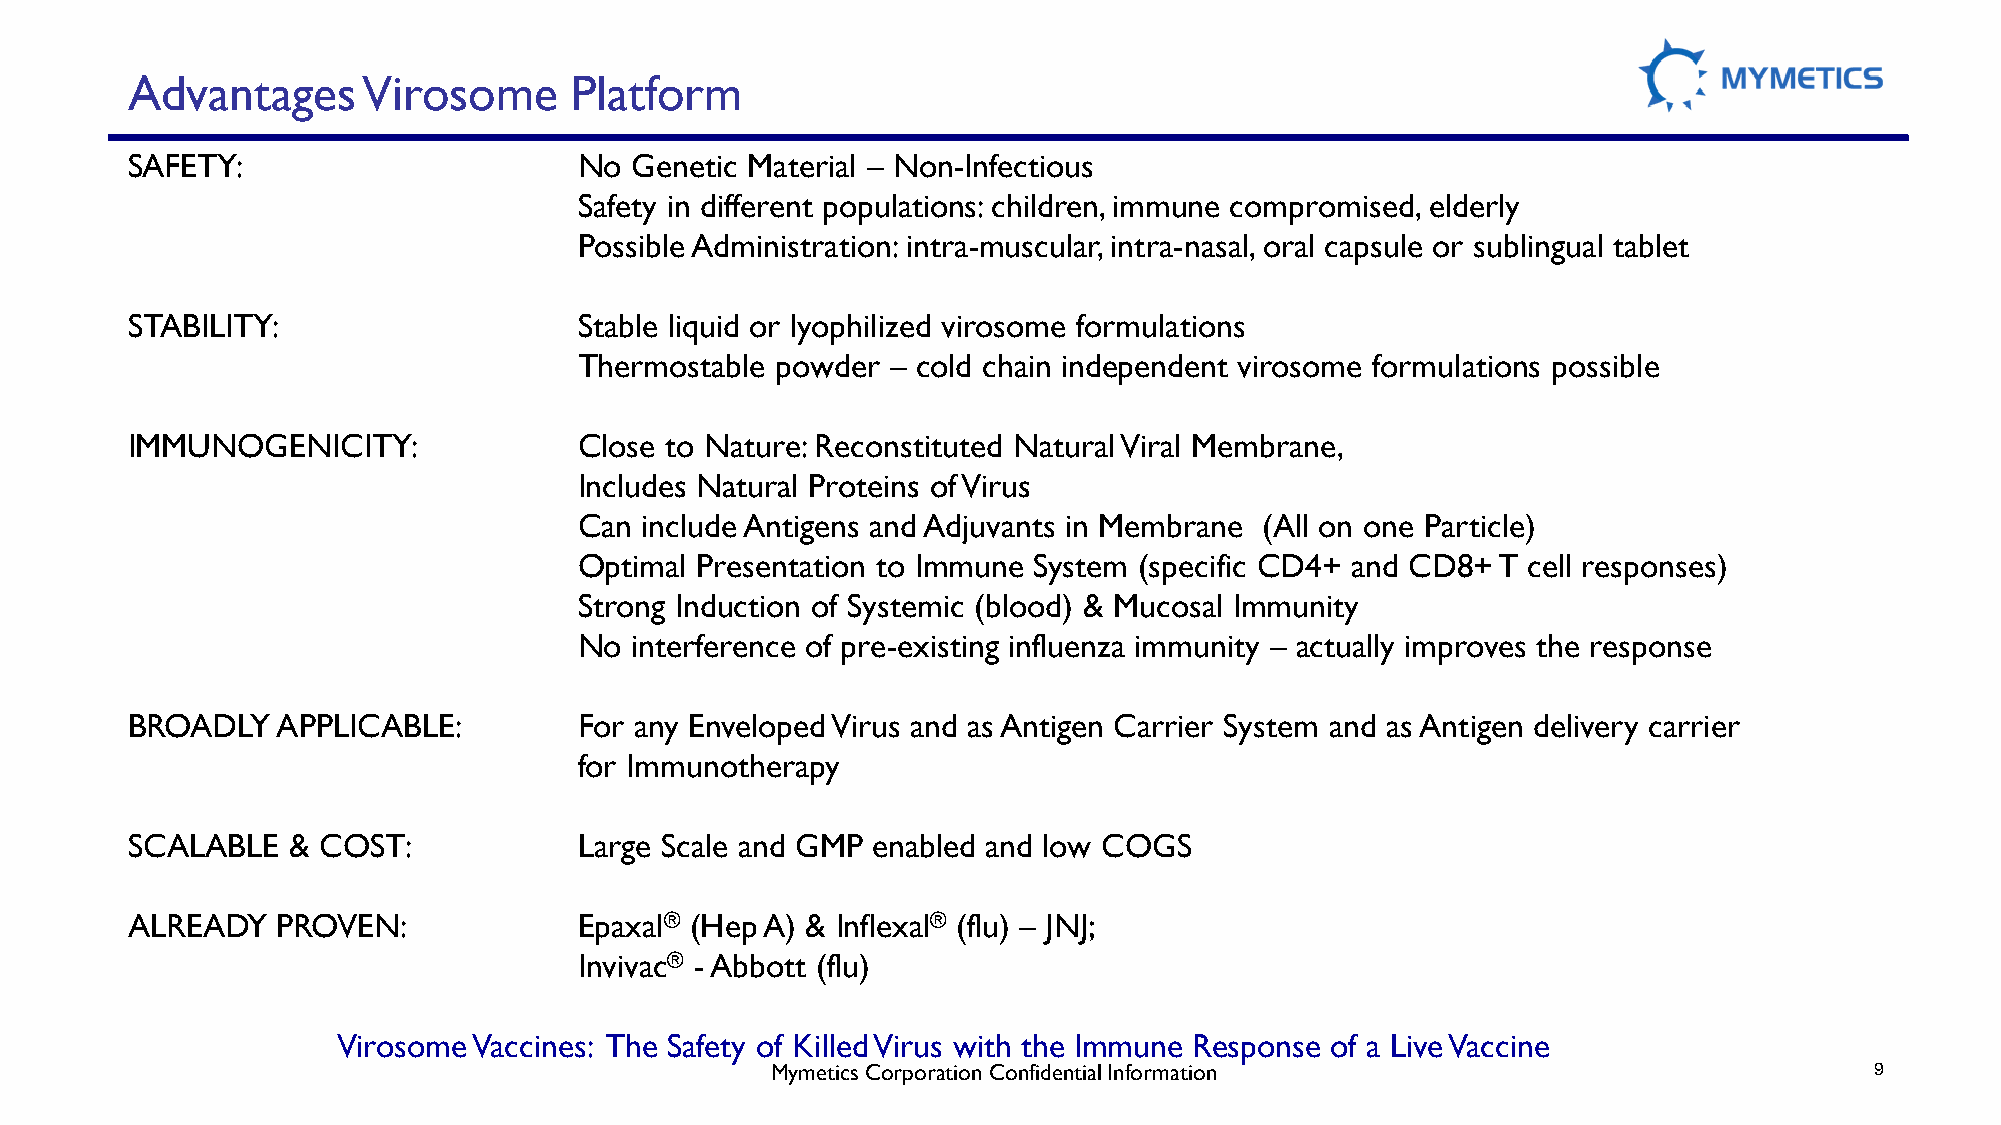
Advantages      Virosome      Platform
 SAFETY:                       No  Genetic Material – Non-Infectious
 Safety in different populations: children, immune compromised, elderly
 Possible Administration: intra-muscular, intra-nasal, oral capsule or sublingual tablet
 STABILITY:                    Stable liquid or lyophilized virosome formulations
 Thermostable powder  – cold chain independent virosome formulations possible
 IMMUNOGENICITY:               Close to Nature: Reconstituted Natural Viral Membrane,
 Includes Natural Proteins of Virus
 Can include Antigens and Adjuvants in Membrane (All on one Particle)
 Optimal Presentation to Immune System (specific CD4+ and CD8+ T cell responses)
 Strong Induction of Systemic (blood) & Mucosal Immunity
 No  interference of pre-existing influenza immunity – actually improves the response
 BROADLY   APPLICABLE:         For any Enveloped Virus and as Antigen Carrier System and as Antigen delivery carrier
 for Immunotherapy
 SCALABLE   & COST:            Large Scale and GMP enabled and low COGS
 ALREADY   PROVEN:             Epaxal® (HepA) & Inflexal® (flu) – JNJ;
 Invivac® -Abbott (flu)
 Virosome Vaccines: The Safety of Killed Virus with the Immune Response of a Live Vaccine
 MymeticsCorporation Confidential Information                             99